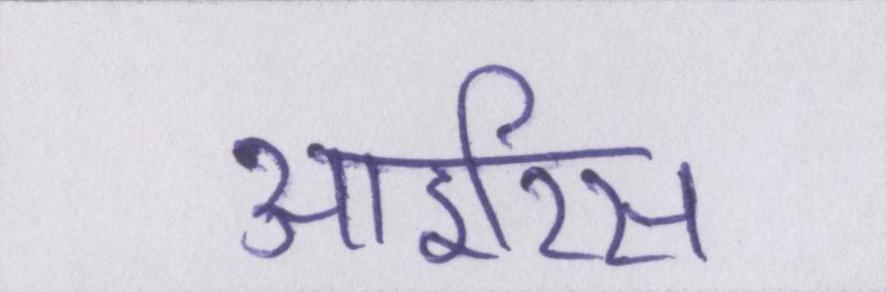
आइरिस